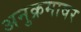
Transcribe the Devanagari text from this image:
अनुक्रमावर